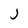
Character: j